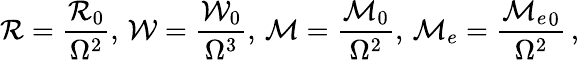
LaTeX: {\cal R}=\frac{{\cal R}_{0}}{\Omega^{2}},\, {\cal W}=\frac{{\cal W}_{0}}{\Omega^{3}},\, {\cal M}=\frac{{\cal M}_{0}}{\Omega^{2}},\, {\cal M}_{e}=\frac{{{\cal M}_{e}}_{0}}{\Omega^{2}}\, ,